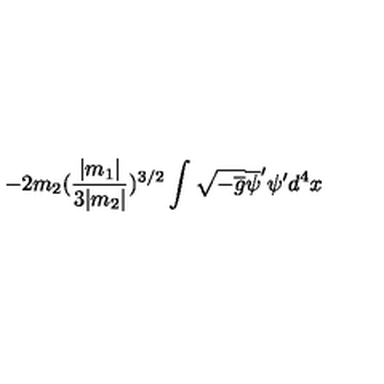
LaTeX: - 2 m _ { 2 } ( \frac { | m _ { 1 } | } { 3 | m _ { 2 } | } ) ^ { 3 / 2 } \int \sqrt { - \overline { { g } } } \overline { { \psi } } ^ { \prime } \psi ^ { \prime } d ^ { 4 } x